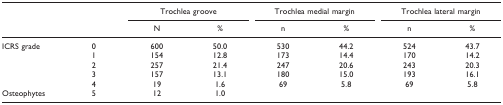
<table><thead><tr><td></td><td></td><td colspan="2"><b>Trochlea groove</b></td><td colspan="2"><b>Trochlea medial margin</b></td><td colspan="2"><b>Trochlea lateral margin</b></td></tr><tr><td></td><td></td><td><b>N</b></td><td><b>%</b></td><td><b>n</b></td><td><b>%</b></td><td><b>n</b></td><td><b>%</b></td></tr></thead><tbody><tr><td>ICRS grade</td><td>0</td><td>600</td><td>50.0</td><td>530</td><td>44.2</td><td>524</td><td>43.7</td></tr><tr><td></td><td>1</td><td>154</td><td>12.8</td><td>173</td><td>14.4</td><td>170</td><td>14.2</td></tr><tr><td></td><td>2</td><td>257</td><td>21.4</td><td>247</td><td>20.6</td><td>243</td><td>20.3</td></tr><tr><td></td><td>3</td><td>157</td><td>13.1</td><td>180</td><td>15.0</td><td>193</td><td>16.1</td></tr><tr><td></td><td>4</td><td>19</td><td>1.6</td><td>69</td><td>5.8</td><td>69</td><td>5.8</td></tr><tr><td>Osteophytes</td><td>5</td><td>12</td><td>1.0</td><td></td><td></td><td></td><td></td></tr></tbody></table>